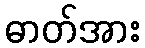
ဓာတ်အား